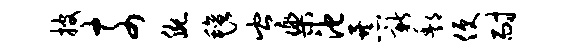
披奈腕毡岑乐池暴新酆便耐